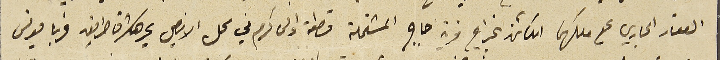
العقار الجاري على ملكهما الكائن بخراج قرية جاج المشتملة قطعة اولى كرم في محل الارضي يحدها شرقا طريق غربا يونس